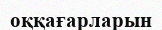
оққағарларын